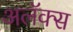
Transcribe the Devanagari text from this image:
अलॅक्स